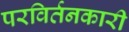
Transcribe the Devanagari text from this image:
परविर्तनकारी